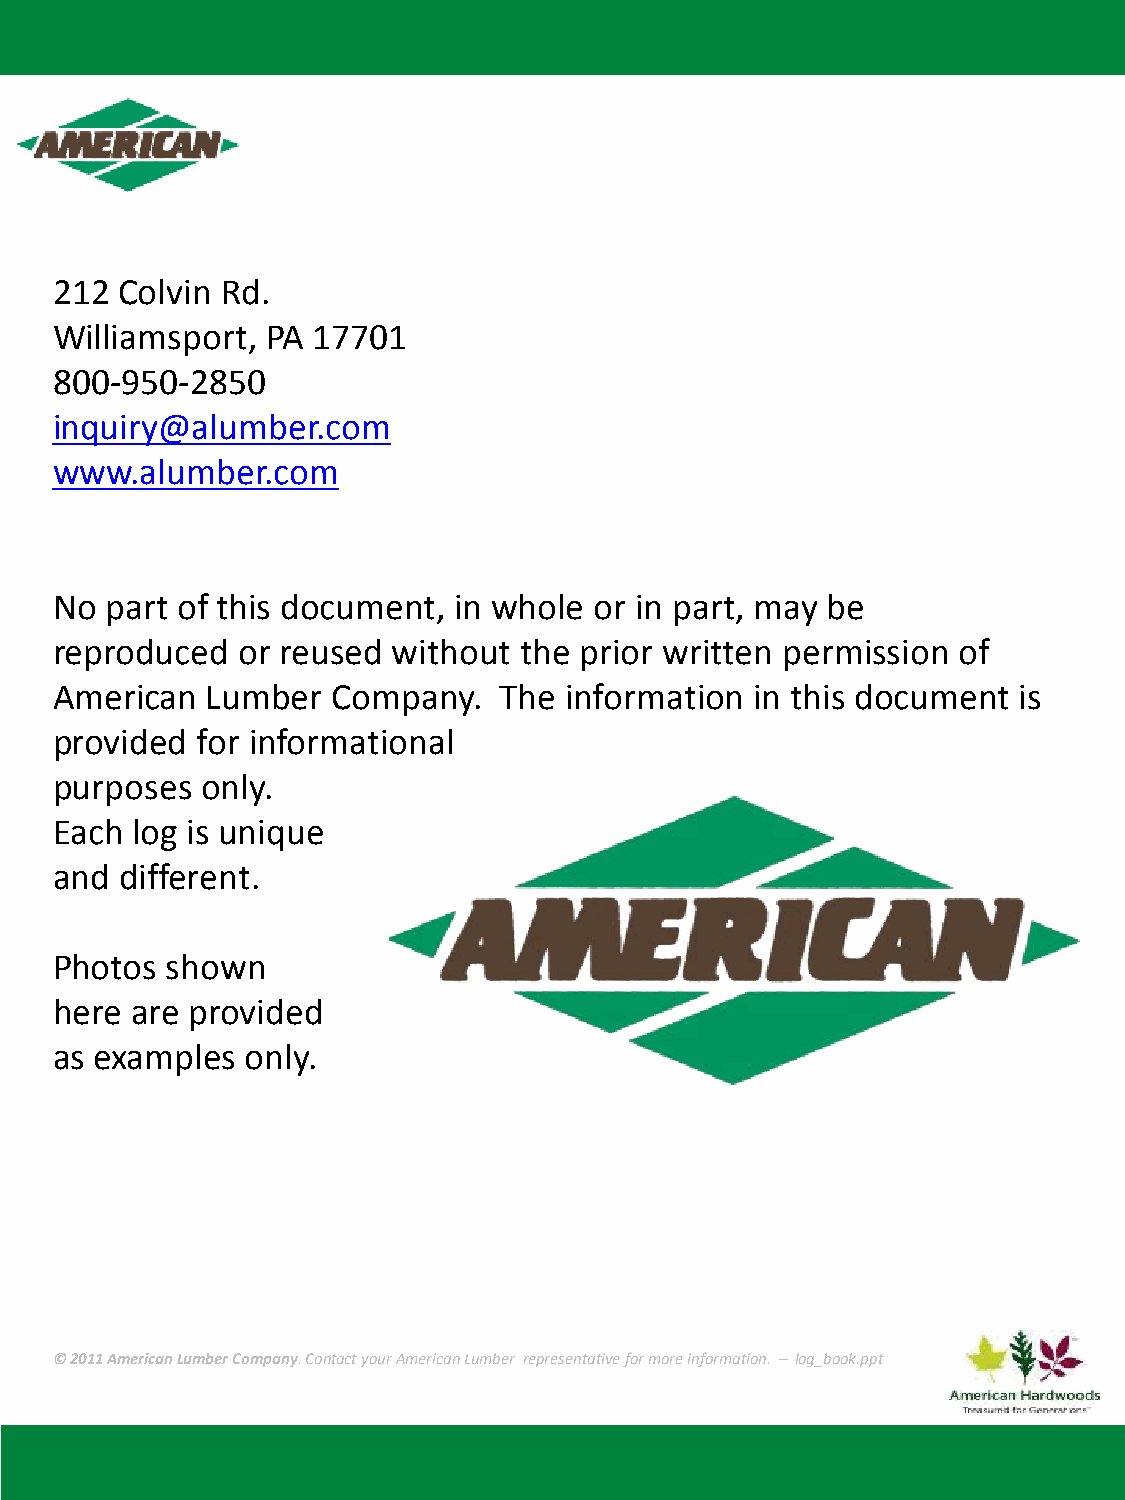
212  Colvin Rd.
 Williamsport,  PA 17701
 800-950-2850
 inquiry@alumber.com
 www.alumber.com
 No  part of this document, in whole or in part, may be
 reproduced   or reused without the prior written permission of
 American   Lumber  Company.   The information  in this document is
 provided  for informational
 purposes  only.
 Each  log is unique
 and  different.
 Photos  shown
 here  are provided
 as examples  only.
 © 2011 American Lumber Company. Contact your American Lumber representative for more information. – log_book.ppt